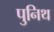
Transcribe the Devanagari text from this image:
पुनिथ